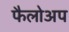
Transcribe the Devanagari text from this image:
फैलोअप